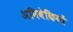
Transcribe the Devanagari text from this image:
अनिवेकियों